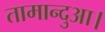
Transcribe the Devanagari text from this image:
तामान्दुआ।